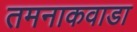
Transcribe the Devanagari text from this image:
तमनाकवाडा